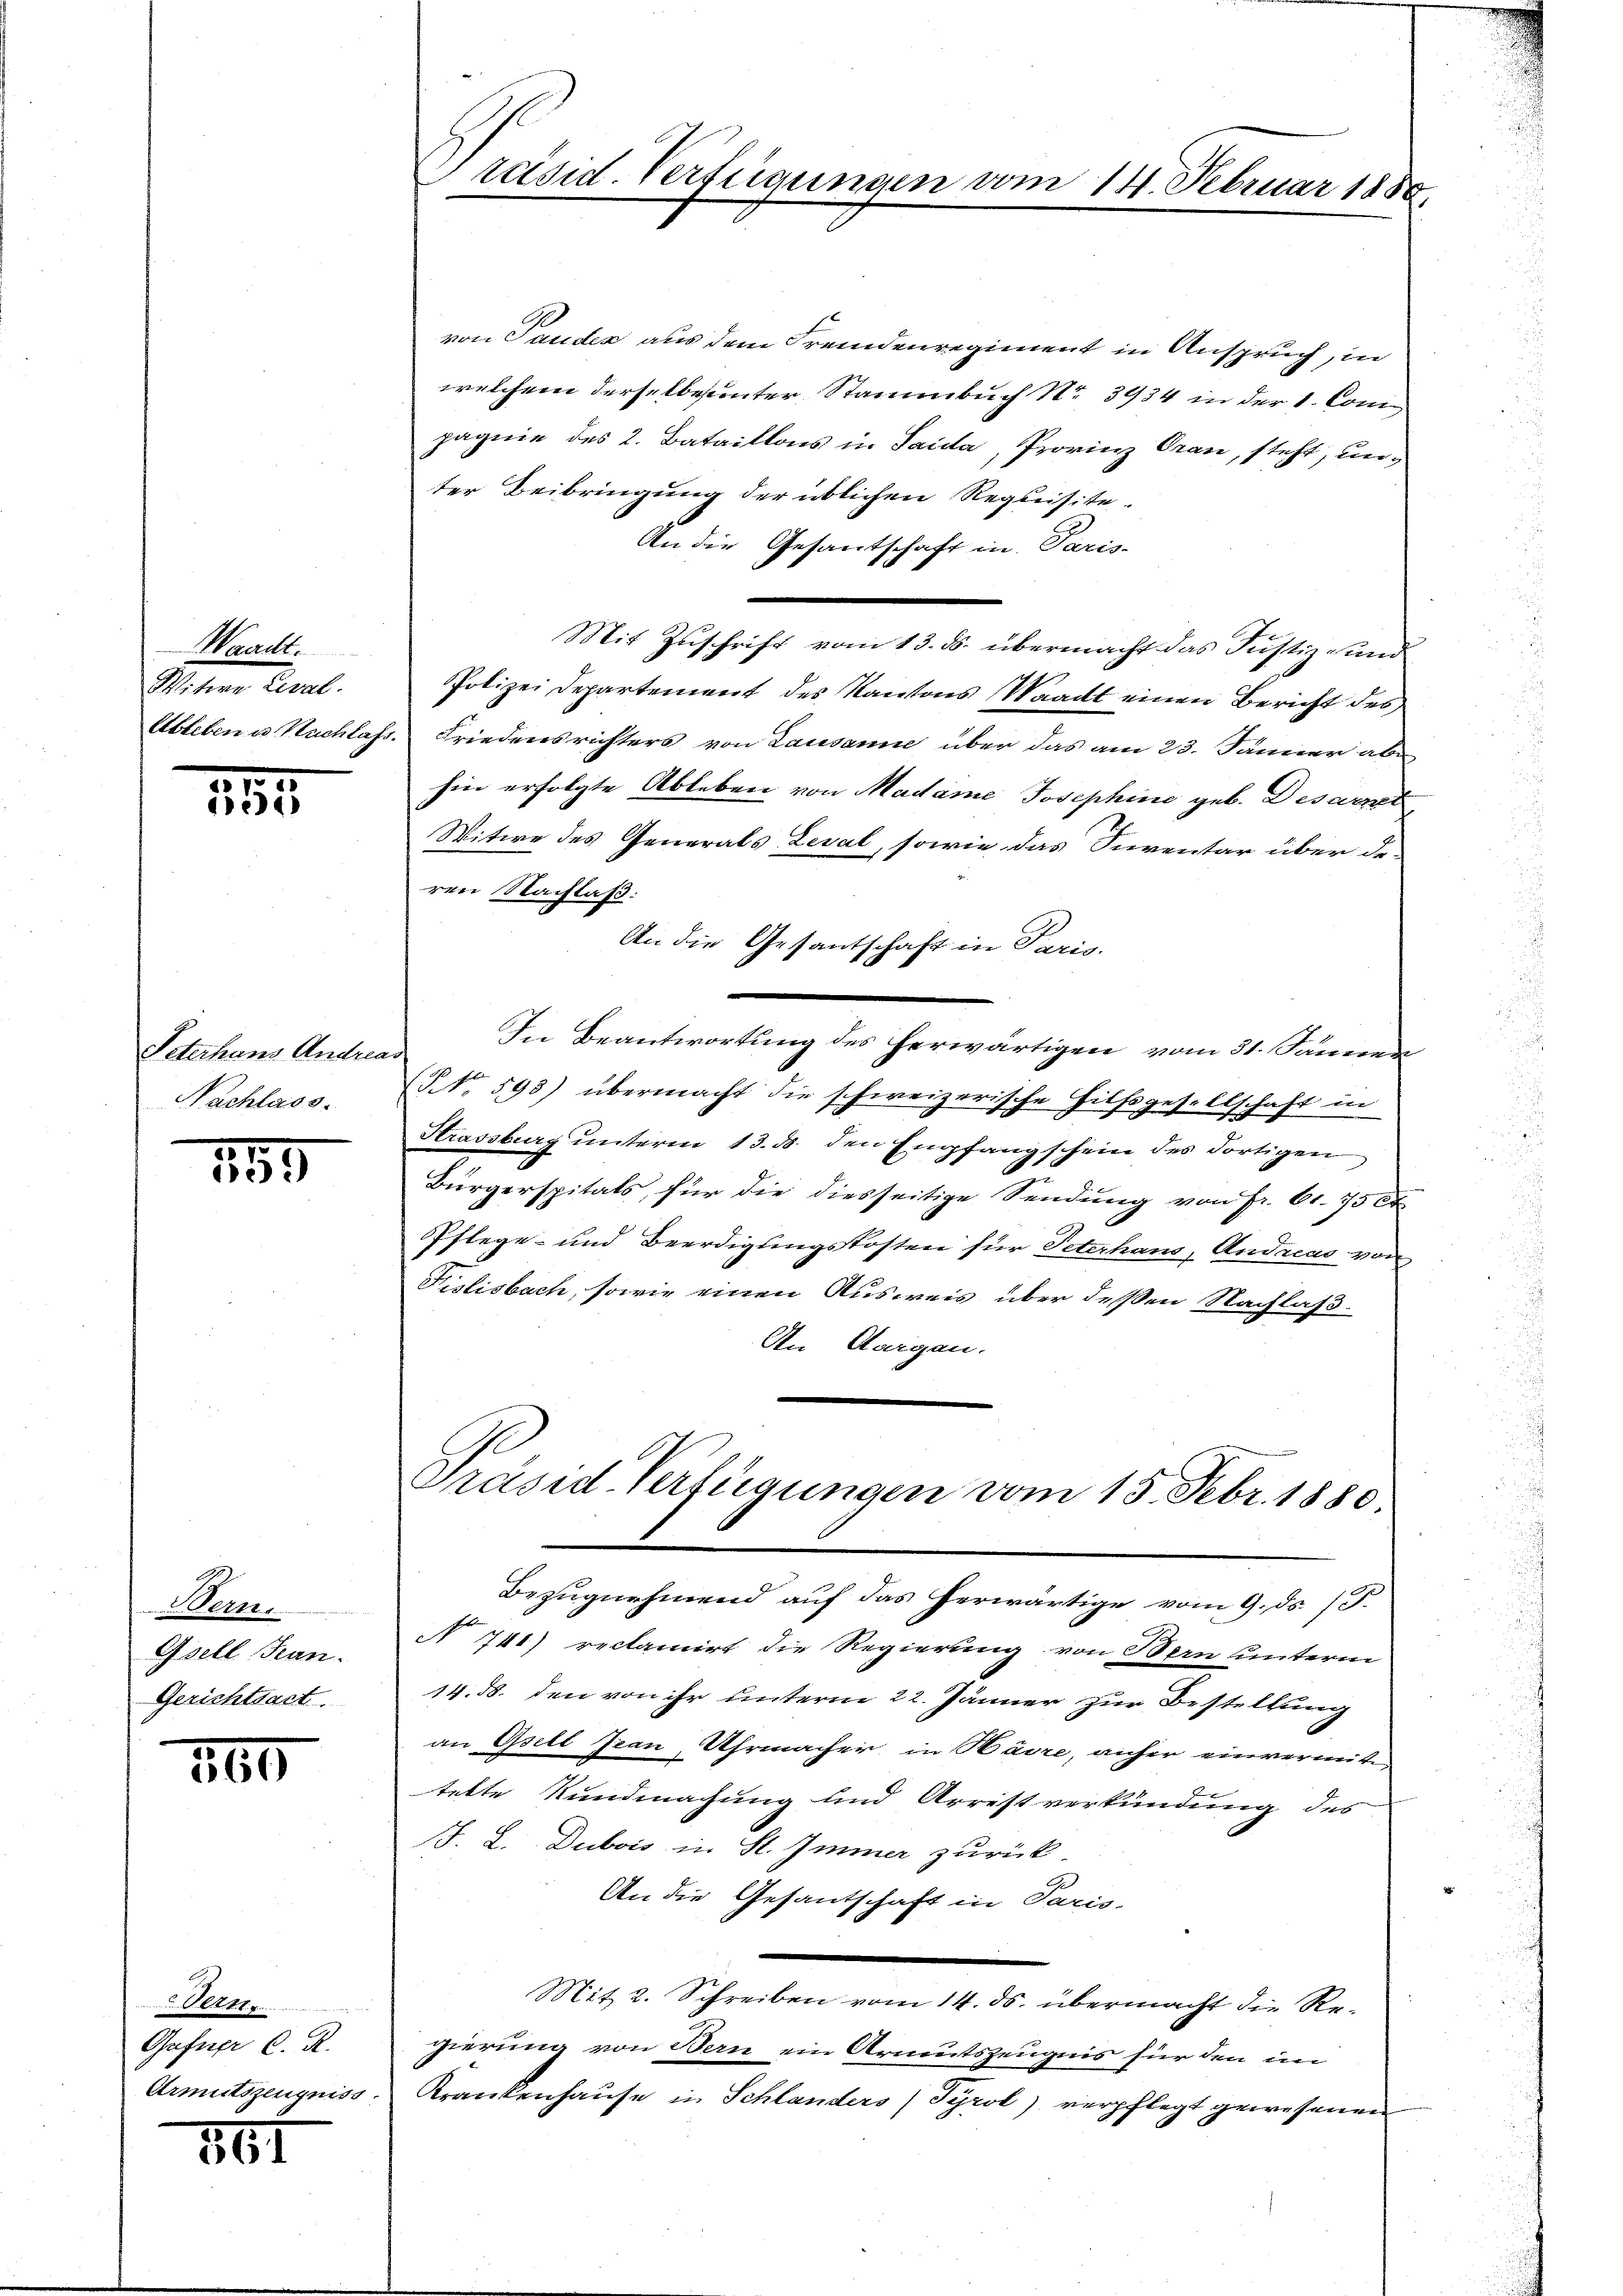
Waadt.
Miner Art.
Ableben u. Nachlas

199.

Peterhans Andrea
Nachlass.

185

Bern.
Gsell Fran
Gerichtsact

165

Dernt.
Gafner C. R.
Armutszeugniss.

761

Präsid. Verfügungen vom 14. Februar 1888

von Pauder aus dem Fremdenregiment in Anspruch, in
welchem derselbe unter Stammbuch No 3934 in der 1. Con
pagnie des 2. Bataillons in Sala, Provinz Grau, steht, unter Beibringung der üblichen Requisite-
An die Gesantschaft in Paris-
Mit Zuschrift vom 13. ds. übermacht das Justiz- und
Polizei Departement des Kantons Waadt einen Bericht des
Friedensrichters von Lausanne über das am 23. Jänner abe
hin erfolgte Ableben von Madame Josephine geb. Desarnet,
Witwe des Generals Leval, sowie das Inventar über de
ren Nachlaß:
An die Gesantschaft in Paris.
In Beantwortung des herwärtigen vom 31. Jännen
(NNo. 593) übermacht die schweizerische Hilfsgesellschaft in
Strassburg unterm 13. ds. den Empfangschein des dortigen
Bürgerspitals, für die diesseitige Sendung von Fr. 61. 750
Pflege- und Beerdigungskosten für Peterhaus, Andreas von
Fislisbach, sowie einen Ausweis über dessen Nachlaß¬
An Aargau.
Präsid. Verfügungen vom 15. Febr. 1880.
Bezugnehmend auf das herwärtige vom 9. ds. (T.
N 741) reclamirt die Regierung von Bern unterm
14. d. den von ihr unterm 22. Jänner zur Bestellung
an Gsett Jean Uhrmacher in Havre, anher einvermit
tette Kundmachung und Arrestverkündung des
F. L. Dubois in St. Immer zurück
An die Gesantschaft in Paris-
Mit 2. Schreiben vom 14. ds. übermacht die Regierung von Bern ein Armutszeugnis für den im
Krankenhause in Schlanders) Tyrol) verpflegt gewesenen